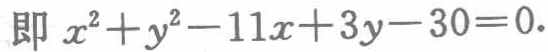
即 \(x^{2}+y^{2}-11x + 3y-30 = 0\).